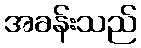
အခန်းသည်